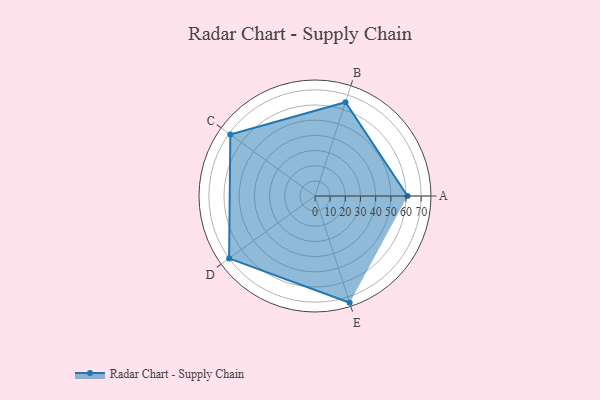
{"axis": {"x": "Skill", "y": "Score"}, "legend": ["Profile"], "data": [{"x": "A", "y": 61.0, "type": "Profile"}, {"x": "B", "y": 65.0, "type": "Profile"}, {"x": "C", "y": 69.0, "type": "Profile"}, {"x": "D", "y": 70.0, "type": "Profile"}, {"x": "E", "y": 74.0, "type": "Profile"}]}